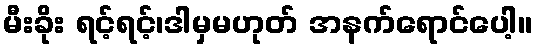
မီးခိုး ရင့်ရင့်၊ဒါမှမဟုတ် အနက်ရောင်ပေါ့။